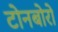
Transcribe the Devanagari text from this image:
टोनबोरो